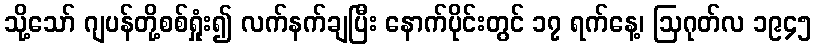
သို့သော် ဂျပန်တို့စစ်ရှုံး၍ လက်နက်ချပြီး နောက်ပိုင်းတွင် ၁၇ ရက်နေ့၊ ဩဂုတ်လ ၁၉၄၅